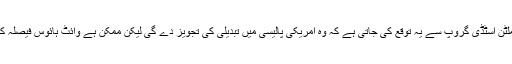
ج: اگرچہ عراق مسئلے پر بیکر ہملٹن اسٹڈی گروپ سے یہ توقع کی جاتی ہے کہ وہ امریکی پالیسی میں تبدیلی کی تجویز دے گی لیکن ممکن ہے وائٹ ہائوس فیصلہ کرے کہ وہ اپنا تازہ عہد نبھائے گا۔